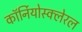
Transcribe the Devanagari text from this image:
कॉर्नियोस्क्लेरल